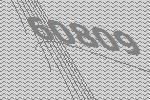
60809